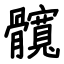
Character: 髖